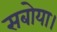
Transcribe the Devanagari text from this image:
सबोया।